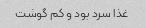
غذا سرد بود و کم گوشت